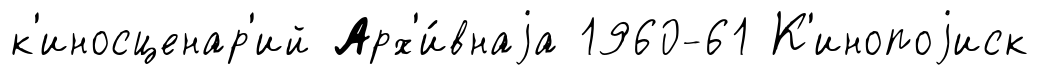
к'иносценар'ий Арх'и́внаjа 1960-61 К'инопоjиск